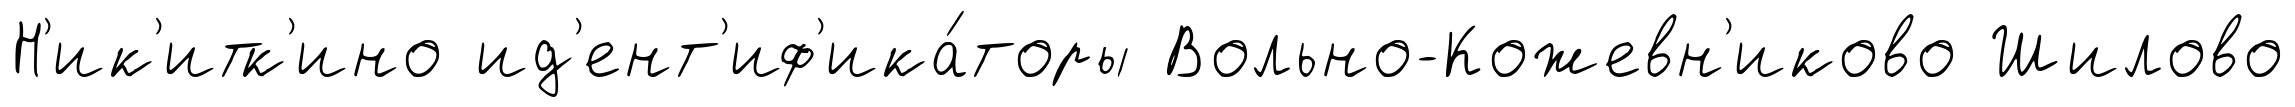
Н'ик'итк'ино ид'ент'иф'ика́торы Вольно-Кожевн'иково Шилово